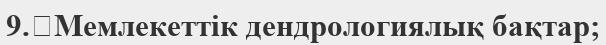
9.	Мемлекеттік дендрологиялық бақтар;